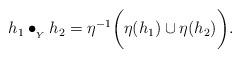
LaTeX: \begin{align*} h_1 \bullet_{{}_Y} h_2 = \eta^{-1}\bigg( \eta(h_1) \cup \eta(h_2)\bigg).\end{align*}